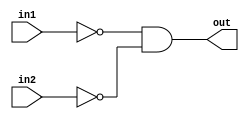
module norfromnand (
    out, in1, in2
);
    input in1, in2;
    output out;
    wire wire1, wire2, wire3;

    nand n1(wire1, in1, in1);
    nand n2(wire2, in2, in2);
    nand n3(wire3, wire1, wire2);
    nand n4(out, wire3, wire3);

    
endmodule